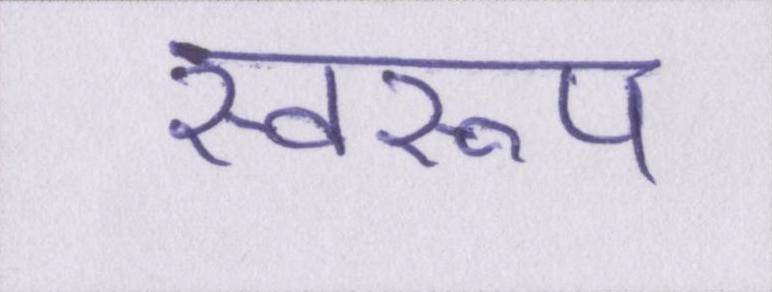
स्वरूप